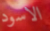
الاسود